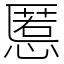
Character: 慝